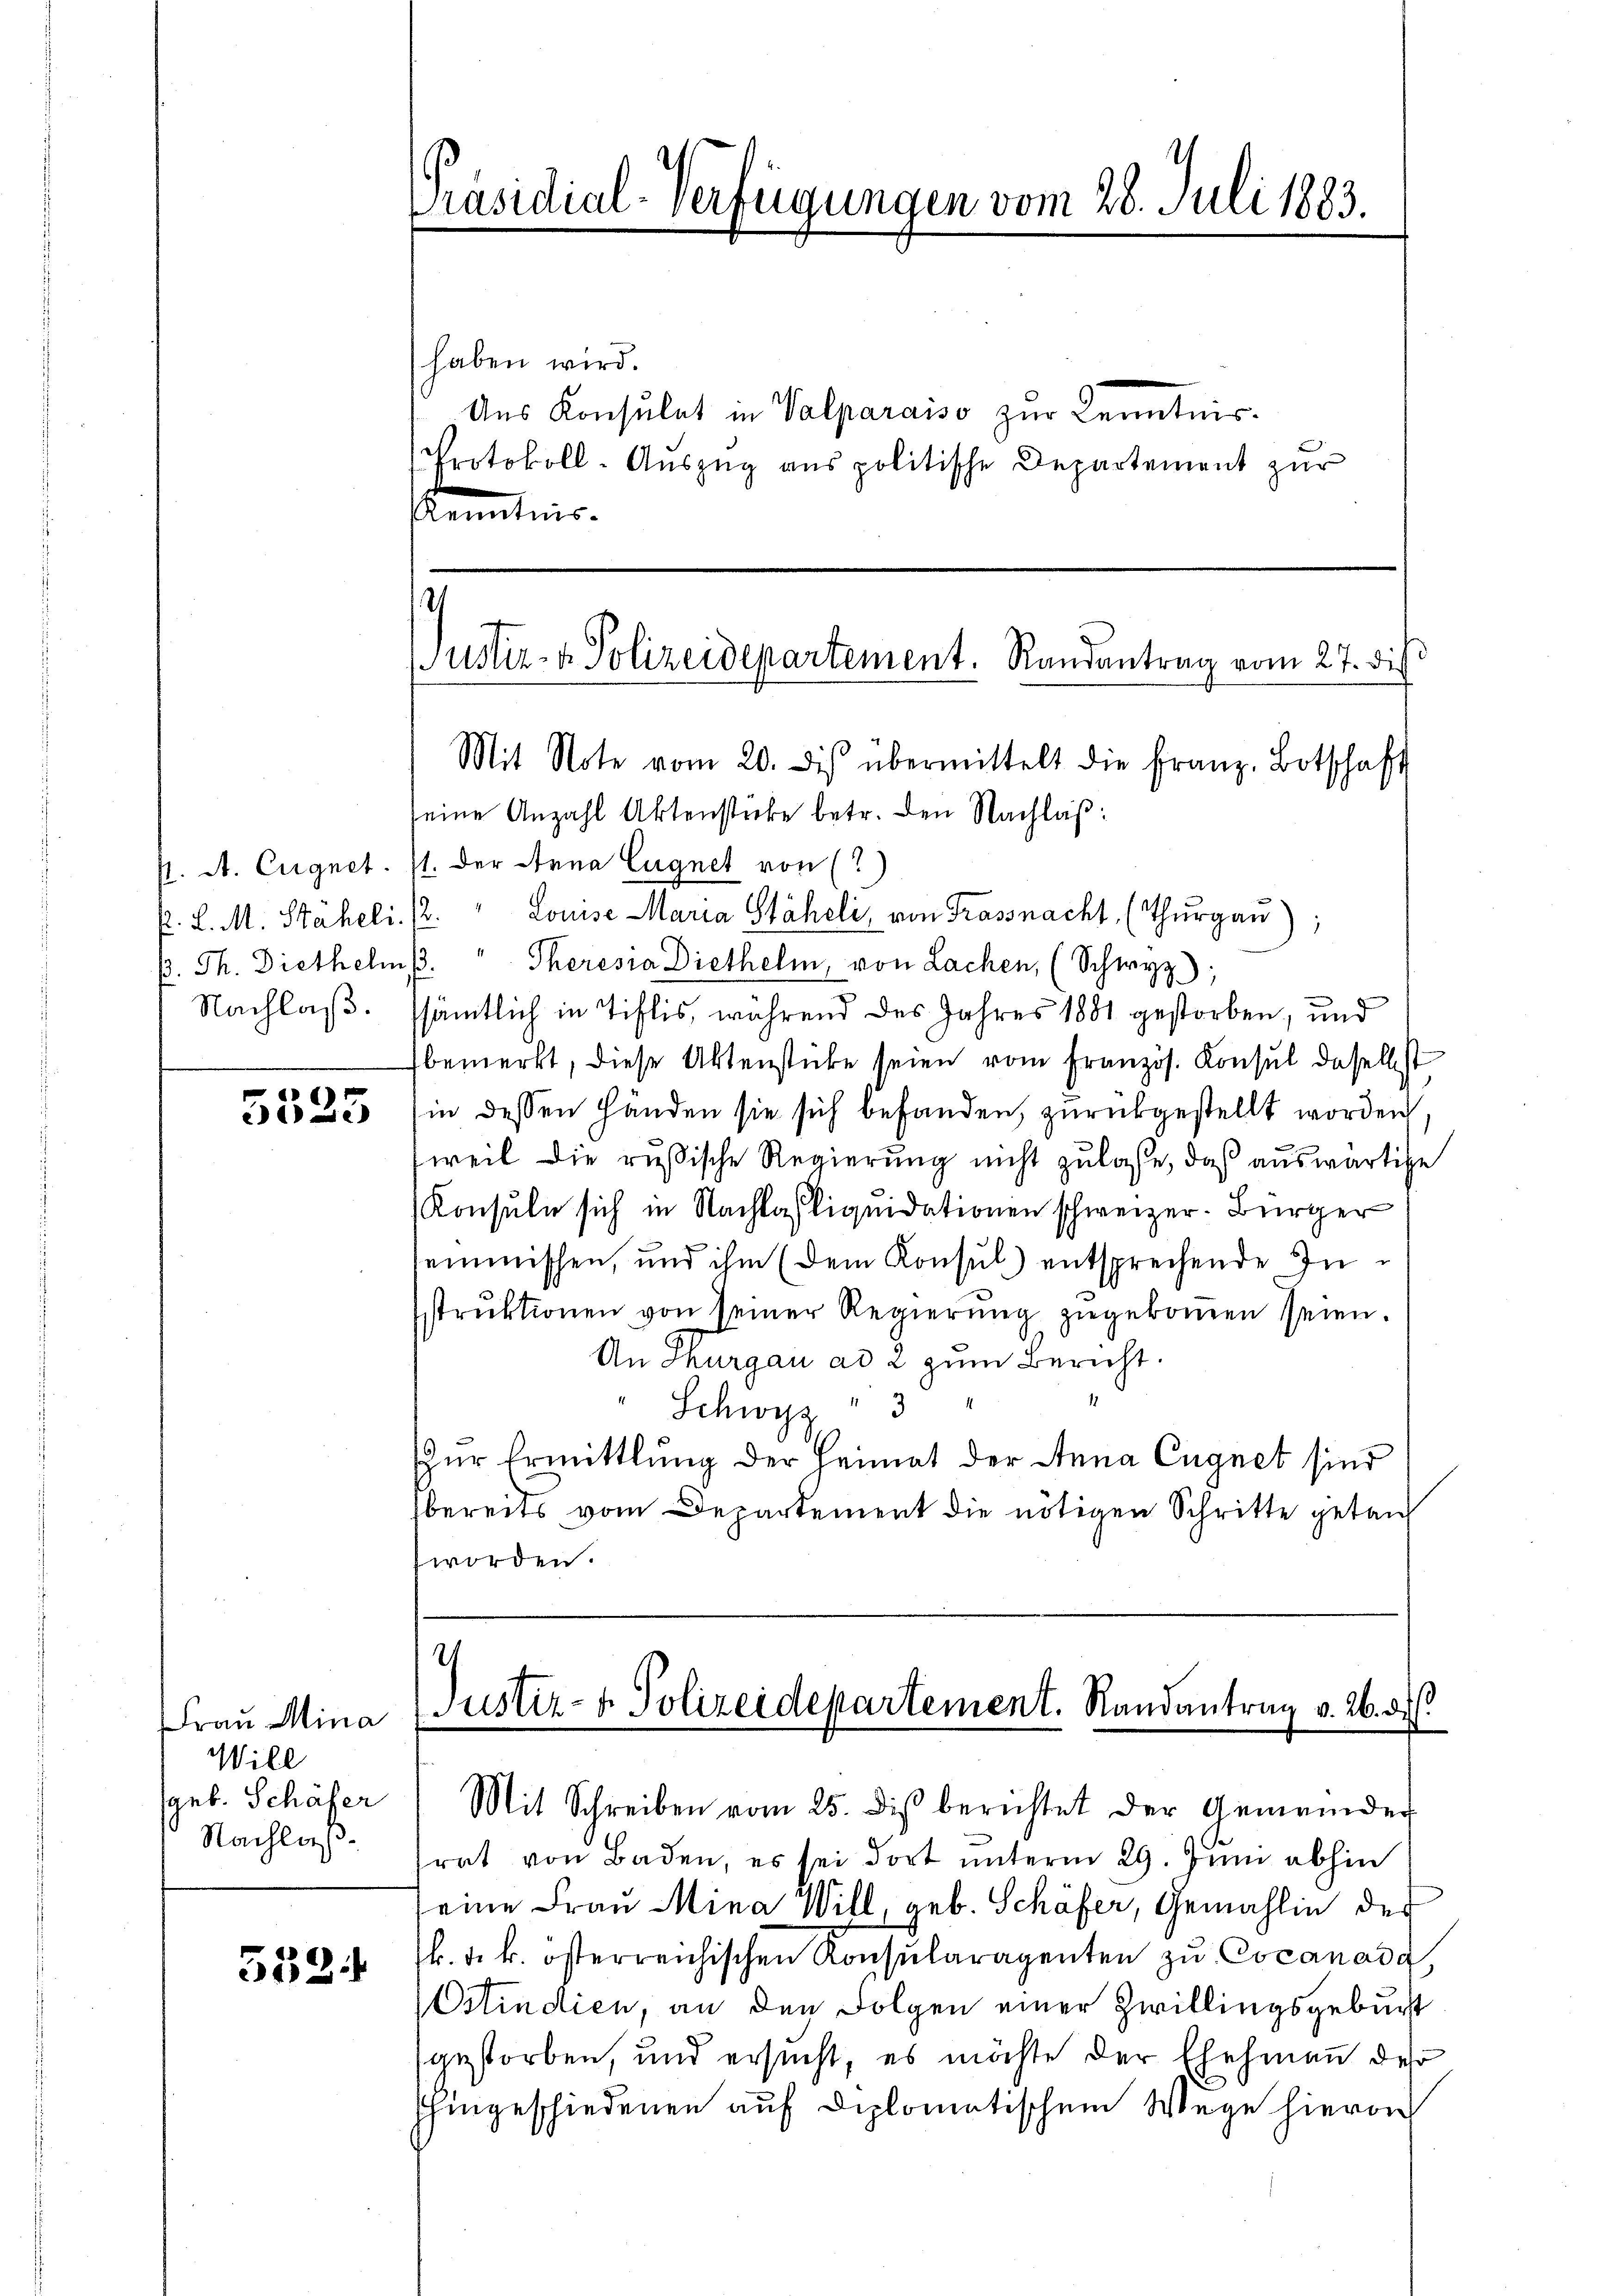
5523

Frau Mina
Will
geb. Schäfer
Nachlaß.

5324

haben wird.
Aus Konsulat in Valparaiso zur Kenntnis
Protokoll-Aŭszŭg ans politische Departement zŭr
Kenntnis-

Präsidial-Verfügungen vom 28. Juli 1883.

seine Anzahl Aktenstücke betr. den Nachlaβ.
p. A. Eugnet. 11. der Anna Eugnet von
P. L. M. Stäheli. 12. " Louise Maria Stäheli, von Trassnacht, (Thurgau);
B. Th. Diethelms." Theresia Diethelm, von Lachen, (Schwyz
Nachlaß. ssämtlich in Tiflis, während des Jahres 1881 gestorben, und
bemerkt, diese Aktenstücke seien vom Französ. Konsul daselbst
in dessen Händen sie sich befanden, zurückgestellt worden.
weil die russische Regierung nicht zulasse, daß auswärtige
(Konsule sich in Nachlasliquidationen schweizer. Bürger
semmischen, und ihm (dem Konsul entsprechende Instrŭktionen von seiner Regierŭng zŭgekoṁen seien.
An Thurgau ad 2 zum Bericht.
" Schwyz " 3
zur Ermittlung der Heimat der Anna Eugnet sind
bereits vom Departement die nötigen Schritte getauf
worden.

7
ustiz- & Polizeidepartement. Randantrag vom 27. die
Mit Note vom 20. dis übermittelt die Franz-Botschaft

Justiz- & Polizeidepartement. Randantrag v. 26. d.
Mit Schreiben vom 25. dis berichtet der Gemeinder

rat von Baden, es sei dort unterm 29. Juni abhin
seine Frau Mina Will, geb. Schäfer, Gemahlin der
k. J. k. österreichischen Konsularagenten zu Cocanada,
Ostindien, an den Folgen einer Zwillingsgeburt
gestorben, und ersucht, es möchte der Ehehman des
hingeschiedenen auf diplomatischem Wege hierauf